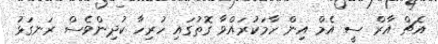
އެޗް އާރް ސީ އެމް އިން ހާމަކުރައްވާ ގޮތުގައި ހުރިހާ ކުދިންވެސް ރަނގަޅު